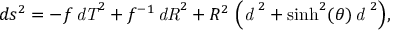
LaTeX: d s ^ { 2 } = { \displaystyle - f \, { \it d T } ^ { 2 } + f ^ { - 1 } \, { \it d R } ^ { 2 } + R ^ { 2 } \, \left( { \it d \theta } ^ { 2 } + \sinh ^ { 2 } ( \theta ) \, { \it d \phi } ^ { 2 } \right) } ,